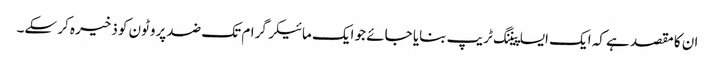
ان کا مقصد ہے کہ ایک ایسا پیننگ ٹریپ بنایا جائے جو ایک مائیکرگرام تک ضد پروٹون کو ذخیرہ کر سکے۔